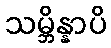
သမ္ဘိန္နာပိ